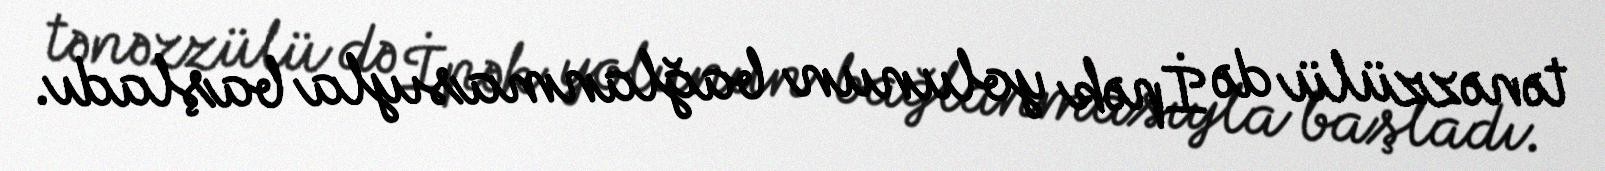
tənəzzülü də İpək yolunun bağlanmasıyla başladı.